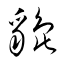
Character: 貔